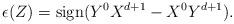
LaTeX: \begin{align*}\epsilon(Z) = \mbox{sign} (Y^0 X^{d+1}- X^0 Y^{d+1}).\end{align*}